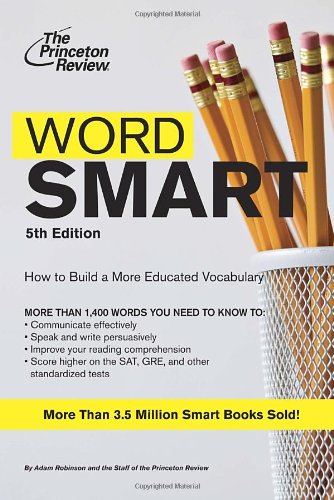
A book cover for Word Smart, 5th Edition (Smart Guides); Princeton Review; Test Preparation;